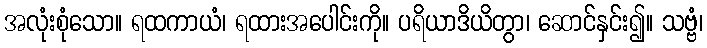
အလုံးစုံသော။ ရထကာယံ၊ ရထားအပေါင်းကို။ ပရိယာဒိယိတွာ၊ ဆောင်နှင်း၍။ သဗ္ဗံ၊